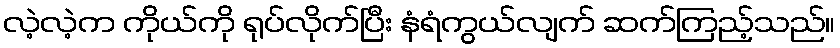
လဲ့လဲ့က ကိုယ်ကို ရုပ်လိုက်ပြီး နံရံကွယ်လျက် ဆက်ကြည့်သည်။